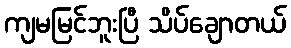
ကျမမြင်ဘူးပြီ သိပ်ချောတယ်